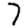
Digit: 7